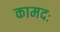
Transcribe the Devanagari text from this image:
कामदः